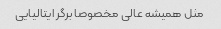
مثل همیشه عالی مخصوصا برگر ایتالیایی